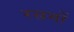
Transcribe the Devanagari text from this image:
रसमों